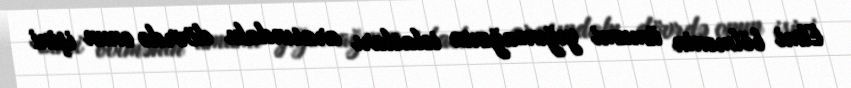
Elmi bölmənin ümumi yığıncağının iclasları arasındakı dövrdə onun işini